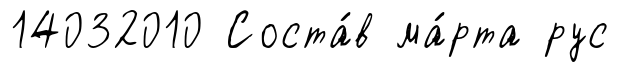
14032010 Соста́в ма́рта рус